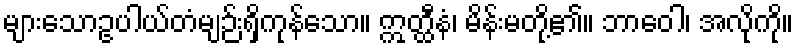
များသောဥပါယ်တံမျဉ်းရှိကုန်သော။ ဣတ္ထီနံ၊ မိန်းမတို့၏။ ဘာဝေါ၊ အလိုကို။